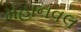
મહાનવલ